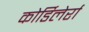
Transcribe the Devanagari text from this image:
कोर्डिलेर्रा